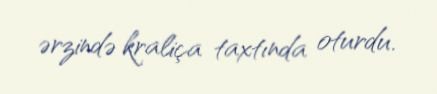
ərzində kraliça taxtında oturdu.